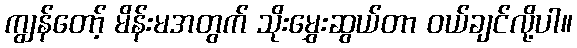
ကျွန်တော့် မိန်းမအတွက် သိုးမွှေးဆွယ်တာ ဝယ်ချင်လို့ပါ။